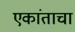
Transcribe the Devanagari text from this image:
एकांताचा